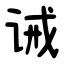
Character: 诫